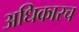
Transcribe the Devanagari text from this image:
अधिकारच